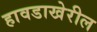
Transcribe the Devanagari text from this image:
हावडाखेरील